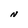
Character: N